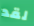
لقد